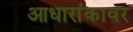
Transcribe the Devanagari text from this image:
आधारांकावर